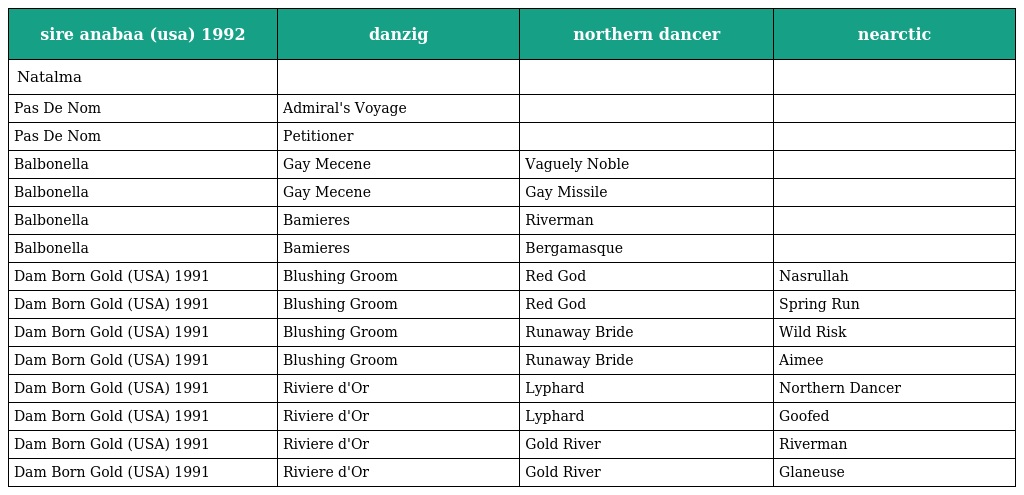
| sire anabaa (usa) 1992 | danzig | northern dancer | nearctic |
 | --- | --- | --- | --- |
 | Natalma |  |  |  |
 | Pas De Nom | Admiral's Voyage |  |  |
 | Pas De Nom | Petitioner |  |  |
 | Balbonella | Gay Mecene | Vaguely Noble |  |
 | Balbonella | Gay Mecene | Gay Missile |  |
 | Balbonella | Bamieres | Riverman |  |
 | Balbonella | Bamieres | Bergamasque |  |
 | Dam Born Gold (USA) 1991 | Blushing Groom | Red God | Nasrullah |
 | Dam Born Gold (USA) 1991 | Blushing Groom | Red God | Spring Run |
 | Dam Born Gold (USA) 1991 | Blushing Groom | Runaway Bride | Wild Risk |
 | Dam Born Gold (USA) 1991 | Blushing Groom | Runaway Bride | Aimee |
 | Dam Born Gold (USA) 1991 | Riviere d'Or | Lyphard | Northern Dancer |
 | Dam Born Gold (USA) 1991 | Riviere d'Or | Lyphard | Goofed |
 | Dam Born Gold (USA) 1991 | Riviere d'Or | Gold River | Riverman |
 | Dam Born Gold (USA) 1991 | Riviere d'Or | Gold River | Glaneuse |